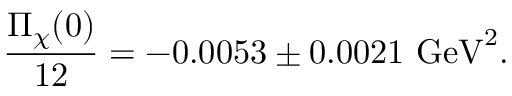
\frac { \Pi _ { \chi } ( 0 ) } { 1 2 } = - 0 . 0 0 5 3 \pm 0 . 0 0 2 1 \ \mathrm { G e V } ^ { 2 } .